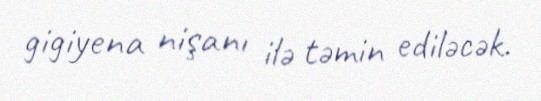
gigiyena nişanı ilə təmin ediləcək.